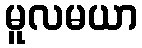
မူလမယာ